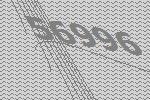
56996